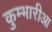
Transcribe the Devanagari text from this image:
कुम्भारीआ